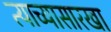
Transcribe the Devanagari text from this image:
त्याच्यासारखा